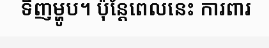
ទិញម្ហូប។ ប៉ុន្តែពេលនេះ ការពារ